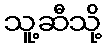
သူ့ဆီသို့